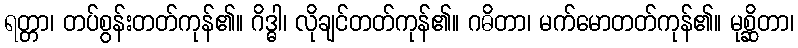
ရတ္တာ၊ တပ်စွန်းတတ်ကုန်၏။ ဂိဒ္ဓါ၊ လိုချင်တတ်ကုန်၏။ ဂဓိတာ၊ မက်မောတတ်ကုန်၏။ မုစ္ဆိတာ၊